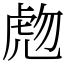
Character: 虝